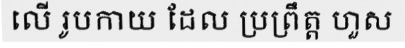
លើ រូបកាយ ដែល ប្រព្រឹត្ត ហួស